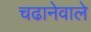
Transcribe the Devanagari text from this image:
चढानेवाले